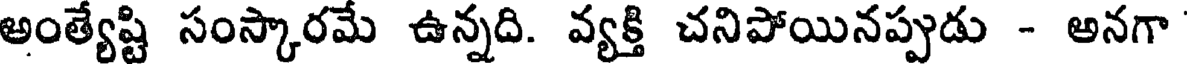
అంత్యేష్టి సంస్కారమే ఉన్నది. వ్యక్తి చనిపోయినప్పుడు - అనగా